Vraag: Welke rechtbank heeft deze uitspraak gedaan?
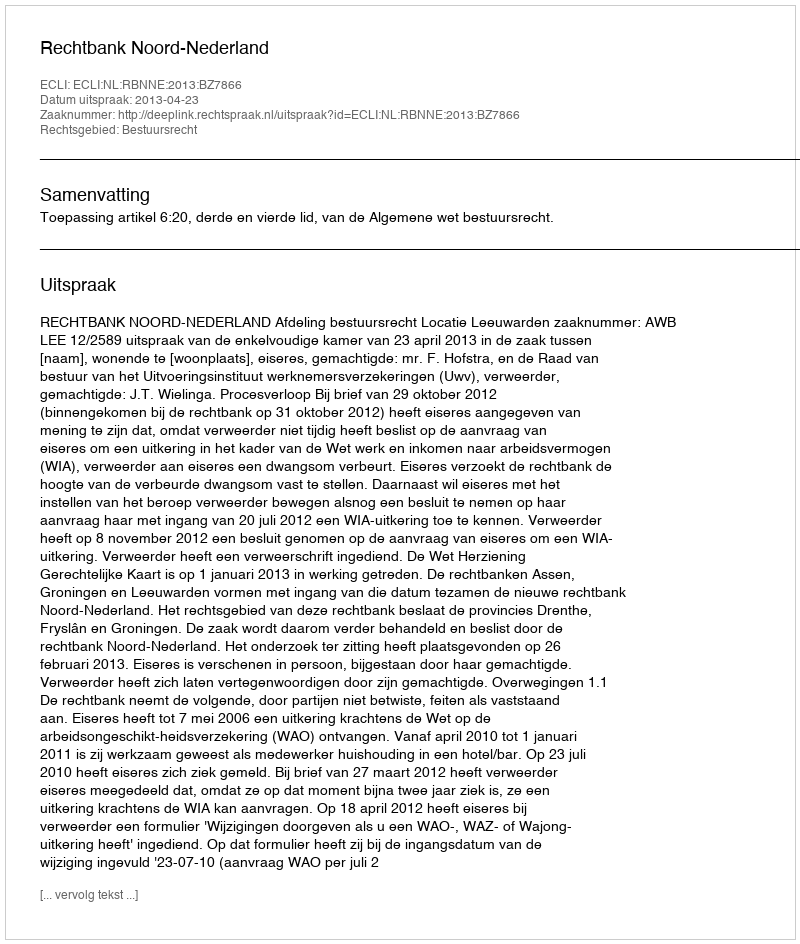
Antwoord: Rechtbank Noord-Nederland